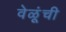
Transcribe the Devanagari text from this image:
वेळूंची